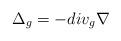
LaTeX: \begin{align*}\Delta_g= -div_g\nabla\end{align*}